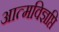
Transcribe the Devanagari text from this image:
आत्मविज्ञप्ति